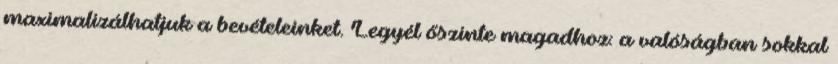
maximalizálhatjuk a bevételeinket. Legyél őszinte magadhoz: a valóságban sokkal